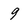
Character: 9